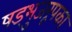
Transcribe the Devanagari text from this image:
षड्भुजरूपका